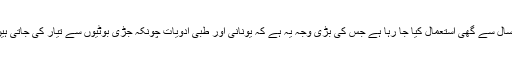
ادویات کی تیاری: روایتی طبی اور یونانی ادویات میں ہزاروں سال سے گھی استعمال کیا جا رہا ہے جس کی بڑی وجہ یہ ہے کہ یونانی اور طبی ادویات چونکہ جڑی بوٹیوں سے تیار کی جاتی ہیں اور گھی ان میں جذب ہونے کی بھرپور صلاحیت رکھتا ہے۔